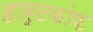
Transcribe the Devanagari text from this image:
हार्टकोफ